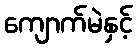
ကျောက်မဲနှင့်